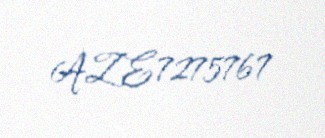
AZE7275767